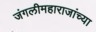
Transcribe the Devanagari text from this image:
जंगलीमहाराजांच्या